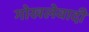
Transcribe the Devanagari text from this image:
गोखलेवादी